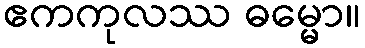
ဧကကုလဿ ဓမ္မော။